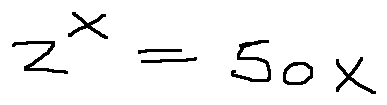
2 ^ { x } = 5 0 x